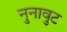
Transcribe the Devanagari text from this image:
नुनावुट